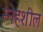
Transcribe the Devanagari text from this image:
स्नेहशील